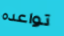
تواعده